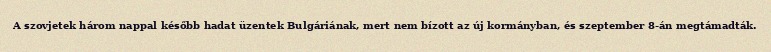
A szovjetek három nappal később hadat üzentek Bulgáriának, mert nem bízott az új kormányban, és szeptember 8-án megtámadták.